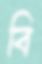
বি